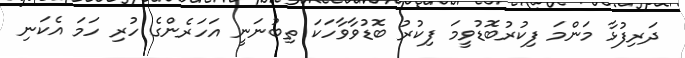
ދަރިފުޅާ މަންމަ ފިކުރުބޮޑުވީމަ ފިކުރު ބޮޑުވާވާހަކަ ތިބުނަނީ އަހަރެންގެ ހުރި ހަމަ އެކަނި